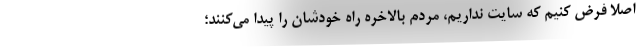
اصلا فرض کنیم که سایت نداریم، مردم بالاخره راه خودشان را پیدا می‌کنند؛